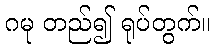
ဂမု တည်၍ ရုပ်တွက်။